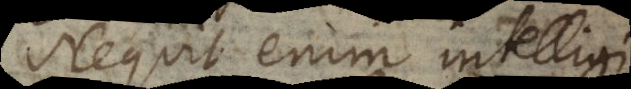
Nequit enim intellig